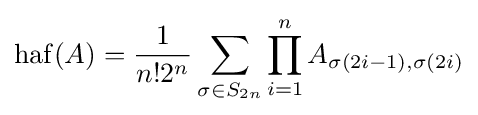
\operatorname {haf} (A)={\frac {1}{n!2^{n}}}\sum _{\sigma \in S_{2n}}\prod _{i=1}^{n}A_{\sigma (2i-1),\sigma (2i)}